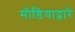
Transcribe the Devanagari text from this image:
मीडियाद्वारे